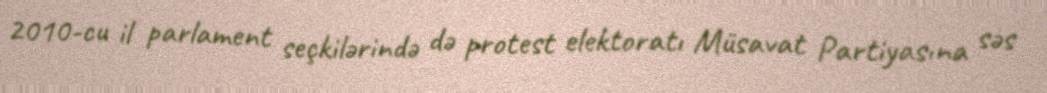
2010-cu il parlament seçkilərində də protest elektoratı Müsavat Partiyasına səs